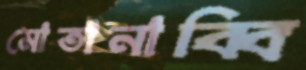
মোতানাব্বি